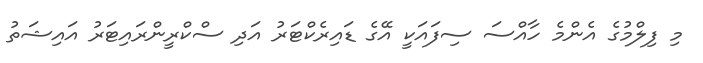
މި ފިލްމުގެ އެންމެ ހާއްސަ ސިފައަކީ އޭގެ ޑައިރެކްޓަރު އަދި ސްކްރީންރައިޓަރު އައިޝަތު